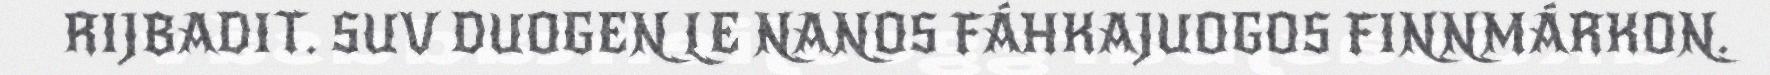
RIJBADIT. SUV DUOGEN LE NANOS FÁHKAJUOGOS FINNMÁRKON.